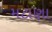
મટાણા